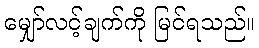
မျှော်လင့်ချက်ကို မြင်ရသည်။